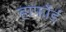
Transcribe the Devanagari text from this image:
हार्फोर्ड